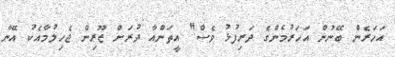
އަހަރެން ބޭނުން އަހަރުމެންގެ ދަރިފުޅު ވެސް" އީތަންއާ ދުރަށް ޒޫރިން ޖެހިލުމާއެކު އޭނާ